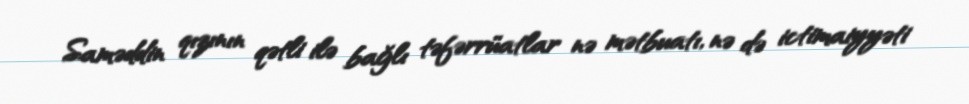
Saməddin qızının qətli ilə bağlı təfərrüatlar nə mətbuatı, nə də ictimaiyyəti